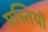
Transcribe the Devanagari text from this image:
मस्तियों